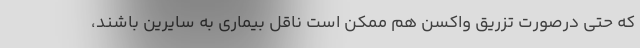
که حتی درصورت تزریق واکسن هم ممکن است ناقل بیماری به سایرین باشند،